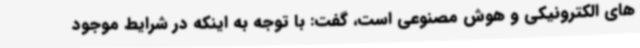
های الکترونیکی و هوش مصنوعی است، گفت: با توجه به اینکه در شرایط موجود